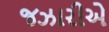
જઝારીએ